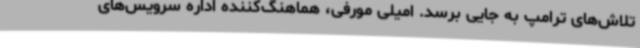
تلاش‌های ترامپ به جایی برسد. امیلی مورفی، هماهنگ‌کننده اداره سرویس‌های